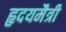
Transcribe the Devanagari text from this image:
हृदयमैत्री